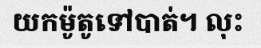
យកម៉ូតូទៅបាត់។ លុះ